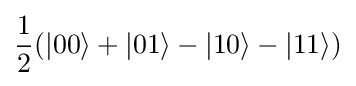
{\frac {1}{2}}(|00\rangle +|01\rangle -|10\rangle -|11\rangle )